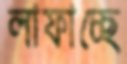
লাফাচ্ছে